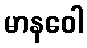
မာနဝေါ